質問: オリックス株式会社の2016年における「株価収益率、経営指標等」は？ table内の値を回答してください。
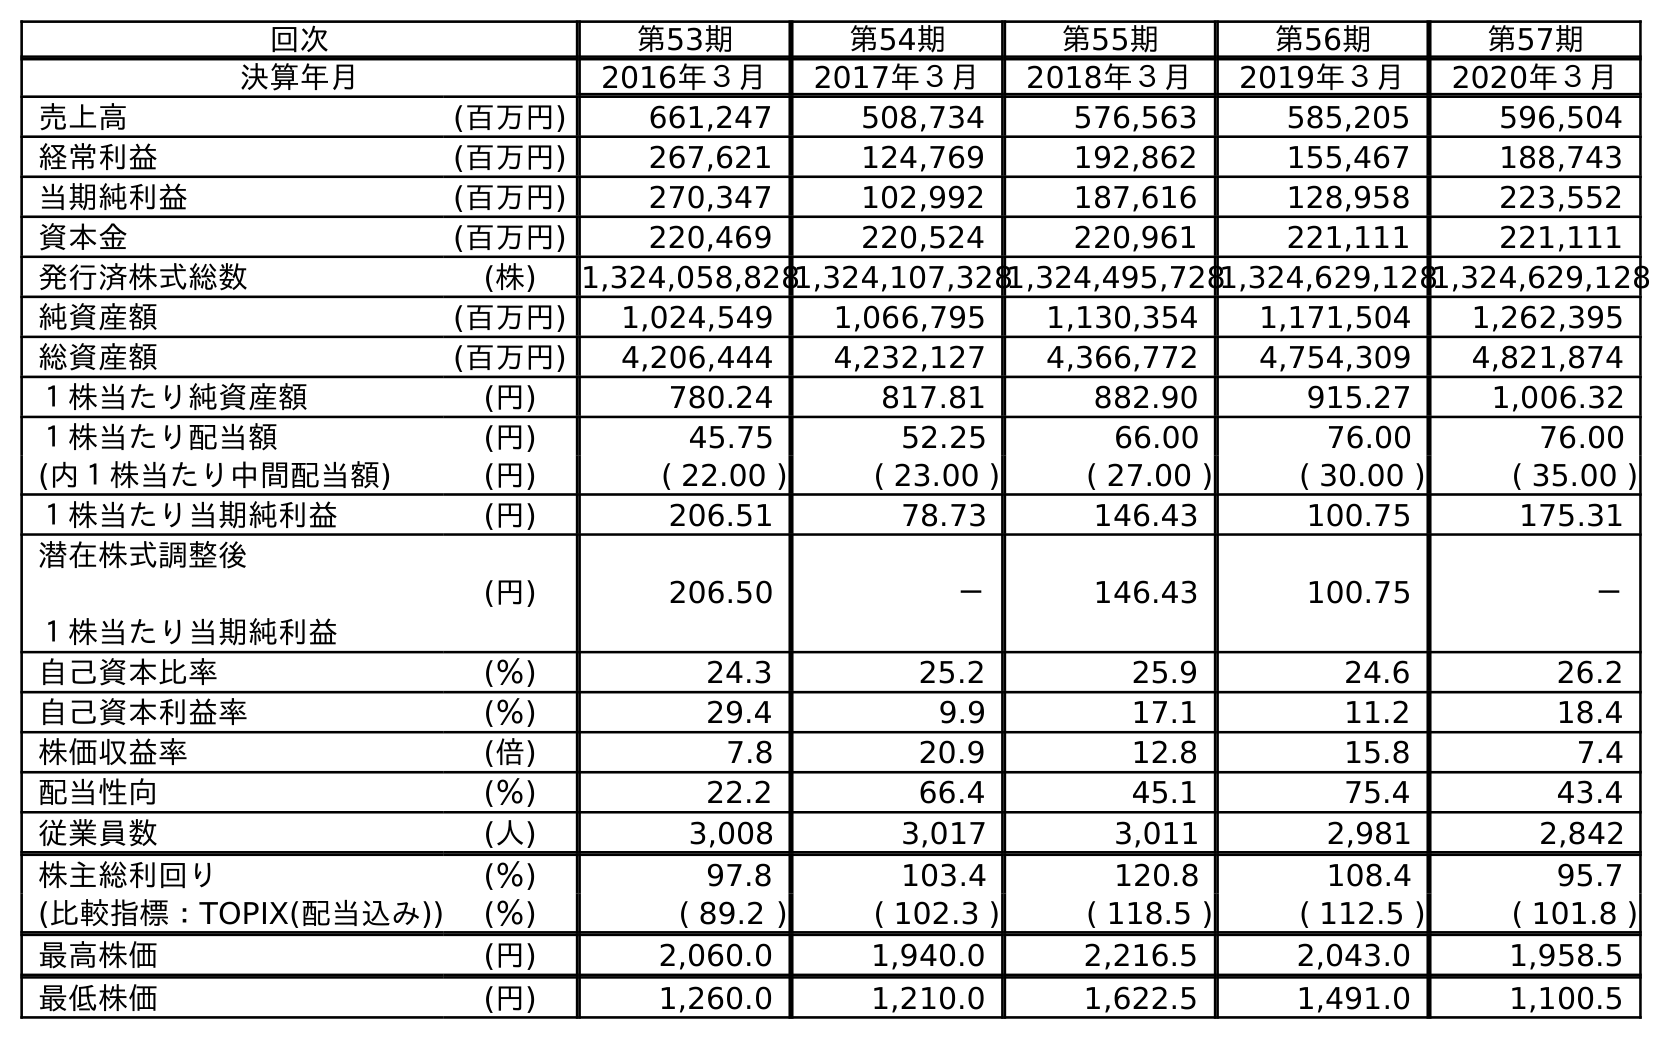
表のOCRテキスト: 回次 第53期 第54期 第55期 第56期 第57期 決算年月 2016年３月 2017年３月 2018年３月 2019年３月 2020年３月 売上高 (百万円) 661,247 508,734 576,563 585,205 596,504 経常利益 (百万円) 267,621 124,769 192,862 155,467 188,743 当期純利益 (百万円) 270,347 102,992 187,616 128,958 223,552 資本金 (百万円) 220,469 220,524 220,961 221,111 221,111 発行済株式総数 (株) 1,324,058,8281,324,107,3281,324,495,7281,324,629,1281,324,629,128 純資産額 (百万円) 1,024,549 1,066,795 1,130,354 1,171,504 1,262,395 総資産額 (百万円) 4,206,444 4,232,127 4,366,772 4,754,309 4,821,874 １株当たり純資産額 (円) 780.24 817.81 882.90 915.27 1,006.32 １株当たり配当額 (円) 45.75 52.25 66.00 76.00 76.00 (内１株当たり中間配当額) (円) ( 22.00 ) ( 23.00 ) ( 27.00 ) ( 30.00 ) ( 35.00 ) １株当たり当期純利益 (円) 206.51 78.73 146.43 100.75 175.31 潜在株式調整後 １株当たり当期純利益 (円) 206.50 － 146.43 100.75 － 自己資本比率 (％) 24.3 25.2 25.9 24.6 26.2 自己資本利益率 (％) 29.4 9.9 17.1 11.2 18.4 株価収益率 (倍) 7.8 20.9 12.8 15.8 7.4 配当性向 (％) 22.2 66.4 45.1 75.4 43.4 従業員数 (人) 3,008 3,017 3,011 2,981 2,842 株主総利回り (％) 97.8 103.4 120.8 108.4 95.7 (比較指標：TOPIX(配当込み)) (％) ( 89.2 ) ( 102.3 ) ( 118.5 ) ( 112.5 ) ( 101.8 ) 最高株価 (円) 2,060.0 1,940.0 2,216.5 2,043.0 1,958.5 最低株価 (円) 1,260.0 1,210.0 1,622.5 1,491.0 1,100.5
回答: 7.8